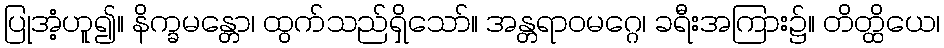
ပြုအံ့ဟူ၍။ နိက္ခမန္တော၊ ထွက်သည်ရှိသော်။ အန္တရာဝမဂ္ဂေ၊ ခရီးအကြား၌။ တိတ္ထိယေ၊